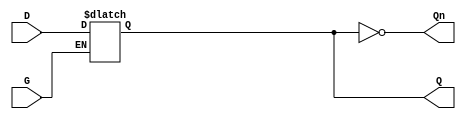
module dual_input_gated_latch (
    input wire D,      // Data Input
    input wire G,      // Gate/Control Input
    output reg Q,      // Output
    output wire Qn     // Inverted Output
);

// Inverted output
assign Qn = ~Q;

// Always block to implement the gated latch behavior
always @ (G or D) begin
    if (G) begin
        // When G is high, Q follows D
        Q <= D;
    end
    // When G is low, Q retains its last value
end

endmodule